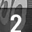
Digit: 2